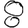
Digit: 8